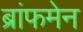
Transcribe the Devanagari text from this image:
ब्रांफमेन